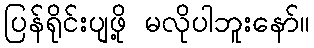
ပြန်ရိုင်းပျဖို့ မလိုပါဘူးနော်။